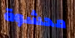
محشوة